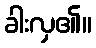
ခါးလှ၏။